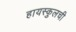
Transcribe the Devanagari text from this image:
हायस्कुलची